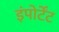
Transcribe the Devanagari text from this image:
इंपोर्टेंट